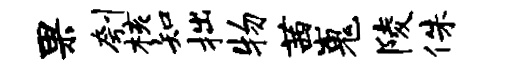
果刳核知拙物茜嵬陵侏